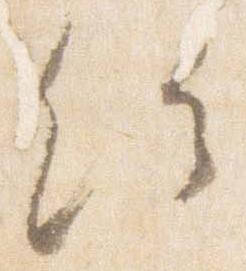
給